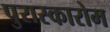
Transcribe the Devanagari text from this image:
पुरास्कारोम